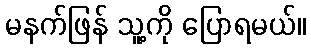
မနက်ဖြန် သူ့ကို ပြောရမယ်။